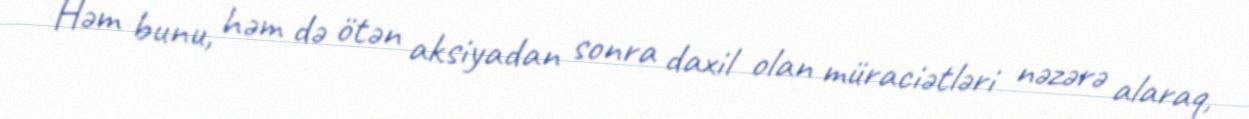
Həm bunu, həm də ötən aksiyadan sonra daxil olan müraciətləri nəzərə alaraq,